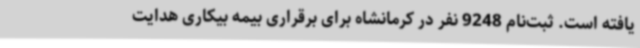
یافته است. ثبت‌نام 9248 نفر در کرمانشاه برای برقراری بیمه بیکاری هدایت